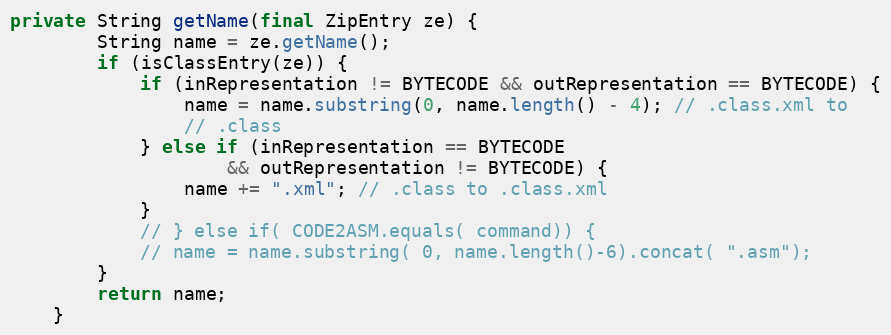
Language: Java
private String getName(final ZipEntry ze) {
        String name = ze.getName();
        if (isClassEntry(ze)) {
            if (inRepresentation != BYTECODE && outRepresentation == BYTECODE) {
                name = name.substring(0, name.length() - 4); // .class.xml to
                // .class
            } else if (inRepresentation == BYTECODE
                    && outRepresentation != BYTECODE) {
                name += ".xml"; // .class to .class.xml
            }
            // } else if( CODE2ASM.equals( command)) {
            // name = name.substring( 0, name.length()-6).concat( ".asm");
        }
        return name;
    }